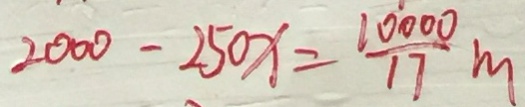
2 0 0 0 - 2 5 0 x = \frac { 1 0 0 0 0 } { 1 7 } m